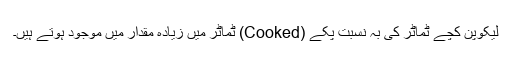
لیکوپن کچے ٹماٹر کی بہ نسبت پکے (Cooked) ٹماٹر میں زیادہ مقدار میں موجود ہوتے ہیں۔